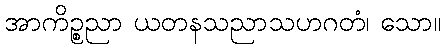
အာကိဉ္စညာ ယတနသညာသဟဂတံ၊ သော။